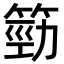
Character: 𥯙